system: You are a helpful assistant.
user:
Analyze the provided spectrum to determine if it is a **White Dwarf (WD)**.

A White Dwarf spectrum is defined by its **extreme purity** (due to gravitational settling) and/or **extreme pressure broadening** (due to high surface gravity). You must check for one of the following mutually exclusive signatures:

- **Key Visual Indicators (Check for ONE of these types):**

    - **1. DA-Type Signature (Most Common):**
        - **(Primary Feature):** Extreme pressure broadening (Stark broadening) of the **Hydrogen (H) Balmer lines**.
        - **(Key Lines):** $H\beta$ (approx. $4861$ Å) and $H\gamma$ (approx. $4340$ Å). $H\alpha$ (approx. $6563$ Å) will also be present if the wavelength range covers it.
        - **(Line Profile):** This is the **defining feature**. The lines are **NOT** sharp. They appear as massive, **extremely broad and deep "troughs" or "dips"** in the spectrum, often hundreds of Ångströms wide. The continuum will appear to "scoop" down at these wavelengths.
        - **(Distinction):** Normal A-type or B-type stars have *narrow* and *sharp* Hydrogen lines. A DA White Dwarf's lines are unmistakably "smeared" or "blurry" from pressure.

    - **2. DB-Type Signature:**
        - **(Primary Feature):** Broad absorption lines from **Neutral Helium (He I)**. The spectrum must lack any visible Hydrogen lines.
        - **(Key Lines):** Look for broad absorption near $4471$ Å, $4921$ Å, and $5876$ Å.
        - **(Line Profile):** These lines are also significantly pressure-broadened, appearing much wider than they would in a normal B-type main-sequence star.

    - **3. DC-Type Signature:**
        - **(Primary Feature):** A **featureless continuous spectrum**.
        - **(Line Profile):** The spectrum is a smooth curve with **no significant absorption or emission lines**.
        - **(Key Confirmation):** The continuum is almost always **blue or white**, indicating a hot object. This signature implies the atmosphere is so pure (or so cool) that no spectral lines are visible in the optical range. Its WD identity is confirmed by its extremely low intrinsic brightness (high absolute magnitude).

    - **4. DZ-Type Signature (Metal-Polluted):**
        - **(Primary Feature):** **Isolated, narrow metal absorption lines** on an otherwise featureless (DC-like) continuum.
        - **(Key Lines):** The **Calcium (Ca II) H & K doublet** (approx. **$3934$ Å** and **$3968$ Å**) is the most common and defining feature.
        - **(Line Profile):** These lines are "out of place." They are *not* part of a "forest" of thousands of lines. This signature is evidence of recent *accretion* (pollution) from rocky debris.
        - **(Distinction):** Normal G/K/M stars have a *dense forest* of thousands of metal lines. A DZ has a *clean* continuum with *only a few* strong metal lines.

    - **5. DQ-Type Signature (Carbon-Polluted):**
        - **(Primary Feature):** Absorption bands from **Carbon (C₂ "Swan Bands" or atomic C I)**.
        - **(Key Lines - C₂):** Look for bandheads with a "saw-tooth" shape near $5635$ Å, **$5165$ Å** (strongest), and $4737$ Å.
        - **(Key Confirmation):** The underlying **continuum must be blue or white** (hot).
        - **(Distinction):** This is the critical difference from a **Carbon Star**, which has the *exact same* C₂ bands but on an extremely **red, cool** continuum.

- **(Overall Spectrum):**
    - The continuum (overall shape) is typically **blue-sloping** (brighter in the blue than the red), as most white dwarfs are very hot.
    - The spectrum will look "pure" or "simple," dominated by only *one* of the five signatures listed above.

Think first, call **spectral_visualization_tool** if needed to examine features in detail, then provide your final answer. Your response must adhere to the following strict rules:
1.  **Overall Structure:** Your response must follow the format `<think>...</think> <tool_call>...</tool_call> (if a tool is used) <answer>...</answer>`.
2.  **Tool Usage Constraint:** You may only make **one** tool call per turn.
3.  **Final Answer Format:** In the `<answer>` tag, your conclusion must be inside a `\boxed{}` command (e.g., `\boxed{YES}` or `\boxed{NO}`), followed by your justification.

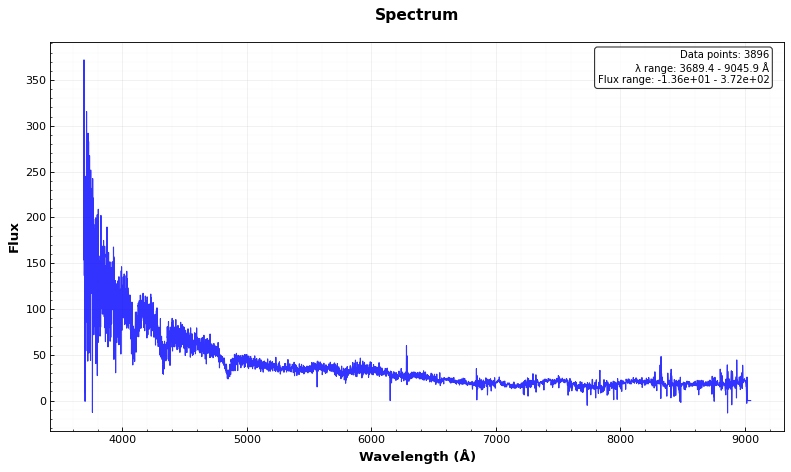
Answer: YES